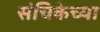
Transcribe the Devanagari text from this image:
संचिकेच्या